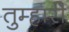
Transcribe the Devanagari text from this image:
तुम्हारीे